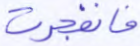
فانفجرت